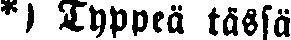
*) Typpeä tässä